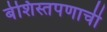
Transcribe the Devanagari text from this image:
बेशिस्तपणाची